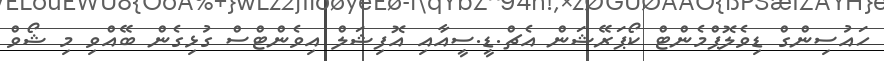
ހައުސިންގް ޑިވެލޮޕްމެންޓް ކޯޕަރޭޝަން އެޗް.ޑީ.ސީއާއި އޮފިޝަލް އިވެންޓްސް ގުޅިގެން ބޭއްވި މި ޝޯވް